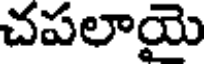
చపలాయై